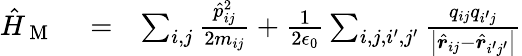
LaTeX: \begin{array}{rlr}{\hat{H}_{\mathrm{~M~}}}&{{}=}&{\sum_{i,j}\frac{\hat{p}_{ij}^{2}}{2m_{ij}}+\frac{1}{2\epsilon_{0}}\sum_{i,j,i^{\prime},j^{\prime}}\frac{q_{ij}q_{i^{\prime}j}}{\left|\hat{\boldsymbol r}_{ij}-\hat{\boldsymbol r}_{i^{\prime}j^{\prime}}\right|}}\end{array}